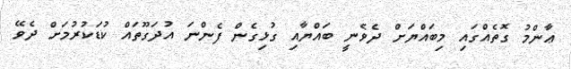
ޢާންމު ގޮތެއްގައި މިބައްޔަށް ދެވެނީ ބައްޔާއި ގުޅިގެން ފެންނަ އުދަގޫތައް ކުޑަކުރުމަށް ދެވޭ